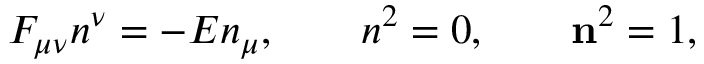
F _ { \mu \nu } n ^ { \nu } = - { \cal E } n _ { \mu } , \qquad n ^ { 2 } = 0 , \qquad { \bf n } ^ { 2 } = 1 ,